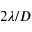
2 \lambda / D